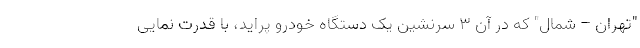
"تهران – شمال" که در آن ۳ سرنشین یک دستگاه خودرو پراید، با قدرت نمایی